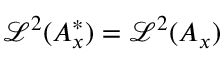
\mathcal { L } ^ { 2 } ( A _ { x } ^ { \ast } ) = \mathcal { L } ^ { 2 } ( A _ { x } )